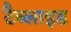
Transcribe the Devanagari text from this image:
टैब्लाइड